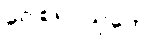
ဂေါစရပသုတော